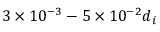
3 \times 1 0 ^ { - 3 } - 5 \times 1 0 ^ { - 2 } d _ { i }